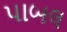
પાબલ